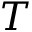
T